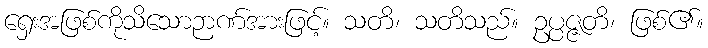
ရှေးအဖြစ်ကိုသိသောဉာဏ်အားဖြင့်။ သတိ၊ သတိသည်။ ဥပ္ပဇ္ဇတိ၊ ဖြစ်၏။